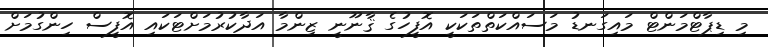
މި ޑިޕާޓްމަންޓް މައިގަނޑު މަސައްކަތްތަކަކީ އޮފީހުގެ ޤާނޫނީ ޒިންމާ އަދާކުރުމަށްޓަކައި އޮފީސް ހިންގުމަށް